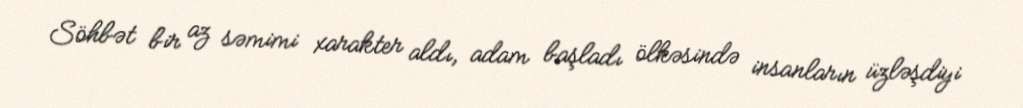
Söhbət bir az səmimi xarakter aldı, adam başladı ölkəsində insanların üzləşdiyi